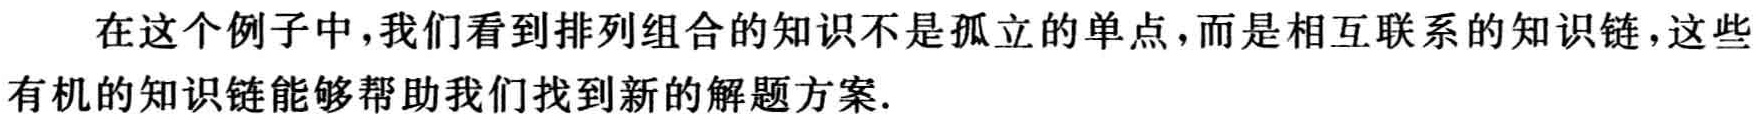
在这个例子中，我们看到排列组合的知识不是孤立的单点，而是相互联系的知识链，这些有机的知识链能够帮助我们找到新的解题方案.